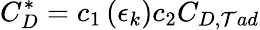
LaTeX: C_{D}^{*}=c_{1}\left(\epsilon_{k}\right)c_{2}C_{D,\mathcal{T}ad}